Indian journal of veterinary science and animal husbandry - Volumes 22-23, 1952-1953
Year: 1952
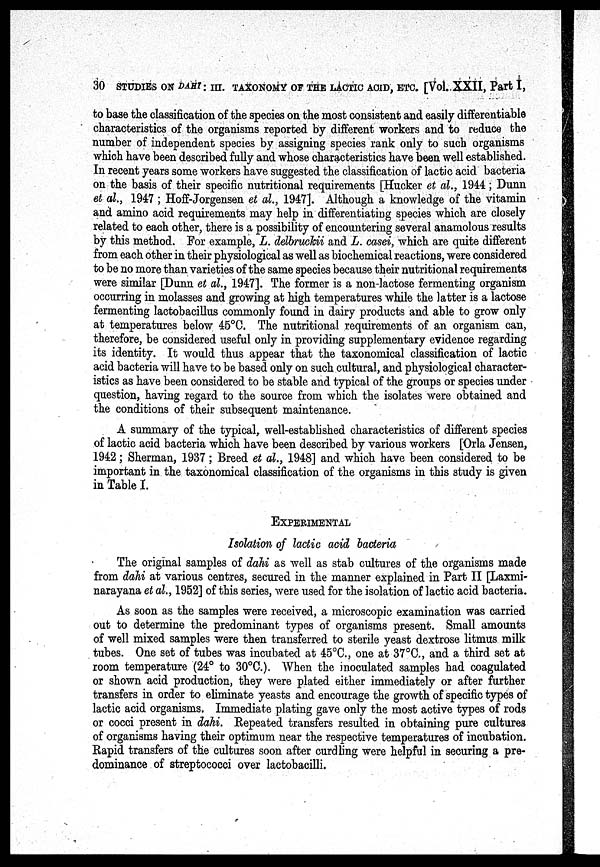
30 STUDIES ON DAHI : III. TAXONOMY OF THE LACTIC ACID, ETC. [Vol. XXII, Part I,
to base the classification of the species on the most consistent and easily differentiable
characteristics of the organisms reported by different workers and to reduce the
number of independent species by assigning species rank only to such organisms
which have been described fully and whose characteristics have been well established.
In recent years some workers have suggested the classification of lactic acid bacteria
on the basis of their specific nutritional requirements [Hucker et al., 1944; Dunn
et al., 1947 ; Hoff-Jorgensen et al., 1947]. Although a knowledge of the vitamin
and amino acid requirements may help in differentiating species which are closely
related to each other, there is a possibility of encountering several anamolous results
by this method. For example, L. delbruckii and L. casei, which are quite different
from each other in their physiological as well as biochemical reactions, were considered
to be no more than varieties of the same species because their nutritional requirements
were similar [Dunn et al., 1947]. The former is a non-lactose fermenting organism
occurring in molasses and growing at high temperatures while the latter is a lactose
fermenting lactobacillus commonly found in dairy products and able to grow only
at temperatures below 45°C. The nutritional requirements of an organism can,
therefore, be considered useful only in providing supplementary evidence regarding
its identity. It would thus appear that the taxonomical classification of lactic
acid bacteria will have to be based only on such cultural, and physiological character-
istics as have been considered to be stable and typical of the groups or species under
question, having regard to the source from which the isolates were obtained and
the conditions of their subsequent maintenance.
A summary of the typical, well-established characteristics of different species
of lactic acid bacteria which have been described by various workers [Orla Jensen,
1942; Sherman, 1937; Breed et al., 1948] and which have been considered to be
important in the taxonomical classification of the organisms in this study is given
in Table I.
EXPERIMENTAL
Isolation of lactic acid bacteria
The original samples of dahi as well as stab cultures of the organisms made
from dahi at various centres, secured in the manner explained in Part II [Laxmi-
narayana et al., 1952] of this series, were used for the isolation of lactic acid bacteria.
As soon as the samples were received, a microscopic examination was carried
out to determine the predominant types of organisms present. Small amounts
of well mixed samples were then transferred to sterile yeast dextrose litmus milk
tubes. One set of tubes was incubated at 45°C., one at 37°C., and a third set at
room temperature (24° to 30°C.). When the inoculated samples had coagulated
or shown acid production, they were plated either immediately or after further
transfers in order to eliminate yeasts and encourage the growth of specific types of
lactic acid organisms. Immediate plating gave only the most active types of rods
or cocci present in dahi. Repeated transfers resulted in obtaining pure cultures
of organisms having their optimum near the respective temperatures of incubation.
Rapid transfers of the cultures soon after curdling were helpful in securing a pre-
dominance of streptococci over lactobacilli.